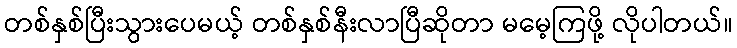
တစ်နှစ်ပြီးသွားပေမယ့် တစ်နှစ်နီးလာပြီဆိုတာ မမေ့ကြဖို့ လိုပါတယ်။